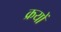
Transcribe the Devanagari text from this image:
क्रयों